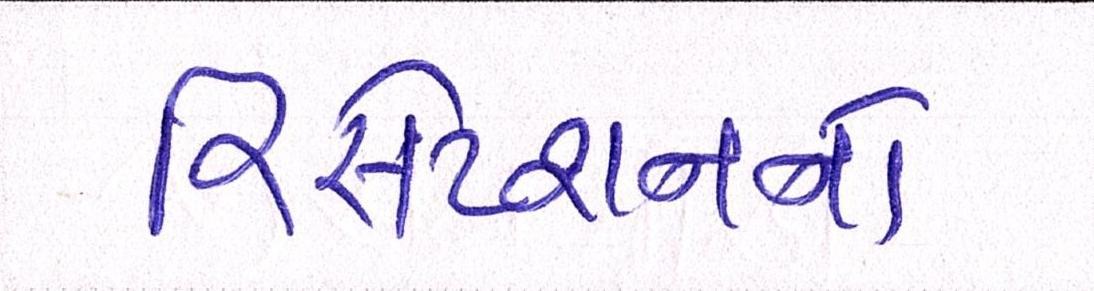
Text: રિસેપ્શનનો